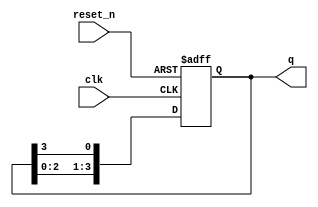
module ring_counter (
    input wire clk,          // Clock input
    input wire reset_n,      // Asynchronous active-low reset
    output reg [N-1:0] q     // Counter output (N flip-flops)
);
    parameter N = 4;         // Number of flip-flops in the ring counter

    always @(posedge clk or negedge reset_n) begin
        if (!reset_n) begin
            // Reset: Initialize the first flip-flop to '1' and others to '0'
            q <= 1'b1; // Set the first flip-flop to '1'
        end else begin
            // Shift the values: the output of the last flip-flop goes to the first
            q <= {q[N-2:0], q[N-1]}; // Shift left and feed back the last flip-flop
        end
    end
endmodule